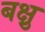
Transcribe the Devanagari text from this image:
बक्षु